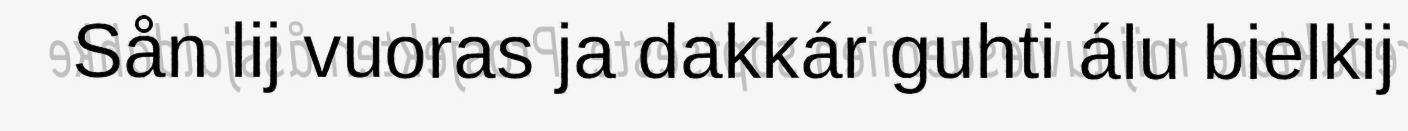
Sån lij vuoras ja dakkár guhti álu bielkij